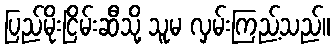
ပြည်မိုးငြိမ်းဆီသို့ သူမ လှမ်းကြည့်သည်။